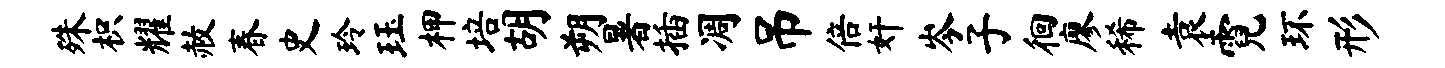
殊枳耀赦春史玲珏柙培胡朔暑插凋吊倍奸岑子徊廖稀袁霓环形